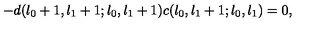
- d ( l _ { 0 } + 1 , l _ { 1 } + 1 ; l _ { 0 } , l _ { 1 } + 1 ) c ( l _ { 0 } , l _ { 1 } + 1 ; l _ { 0 } , l _ { 1 } ) = 0 ,